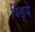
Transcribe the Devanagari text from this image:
पिंड्ये